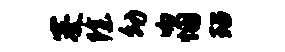
蹇除幼吻悃玷